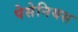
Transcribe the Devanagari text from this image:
पेसेनियस